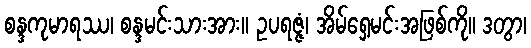
စန္ဒကုမာရဿ၊ စန္ဒမင်းသားအား။ ဥပရဇ္ဇံ၊ အိမ်ရှေ့မင်းအဖြစ်ကို။ ဒတွာ၊